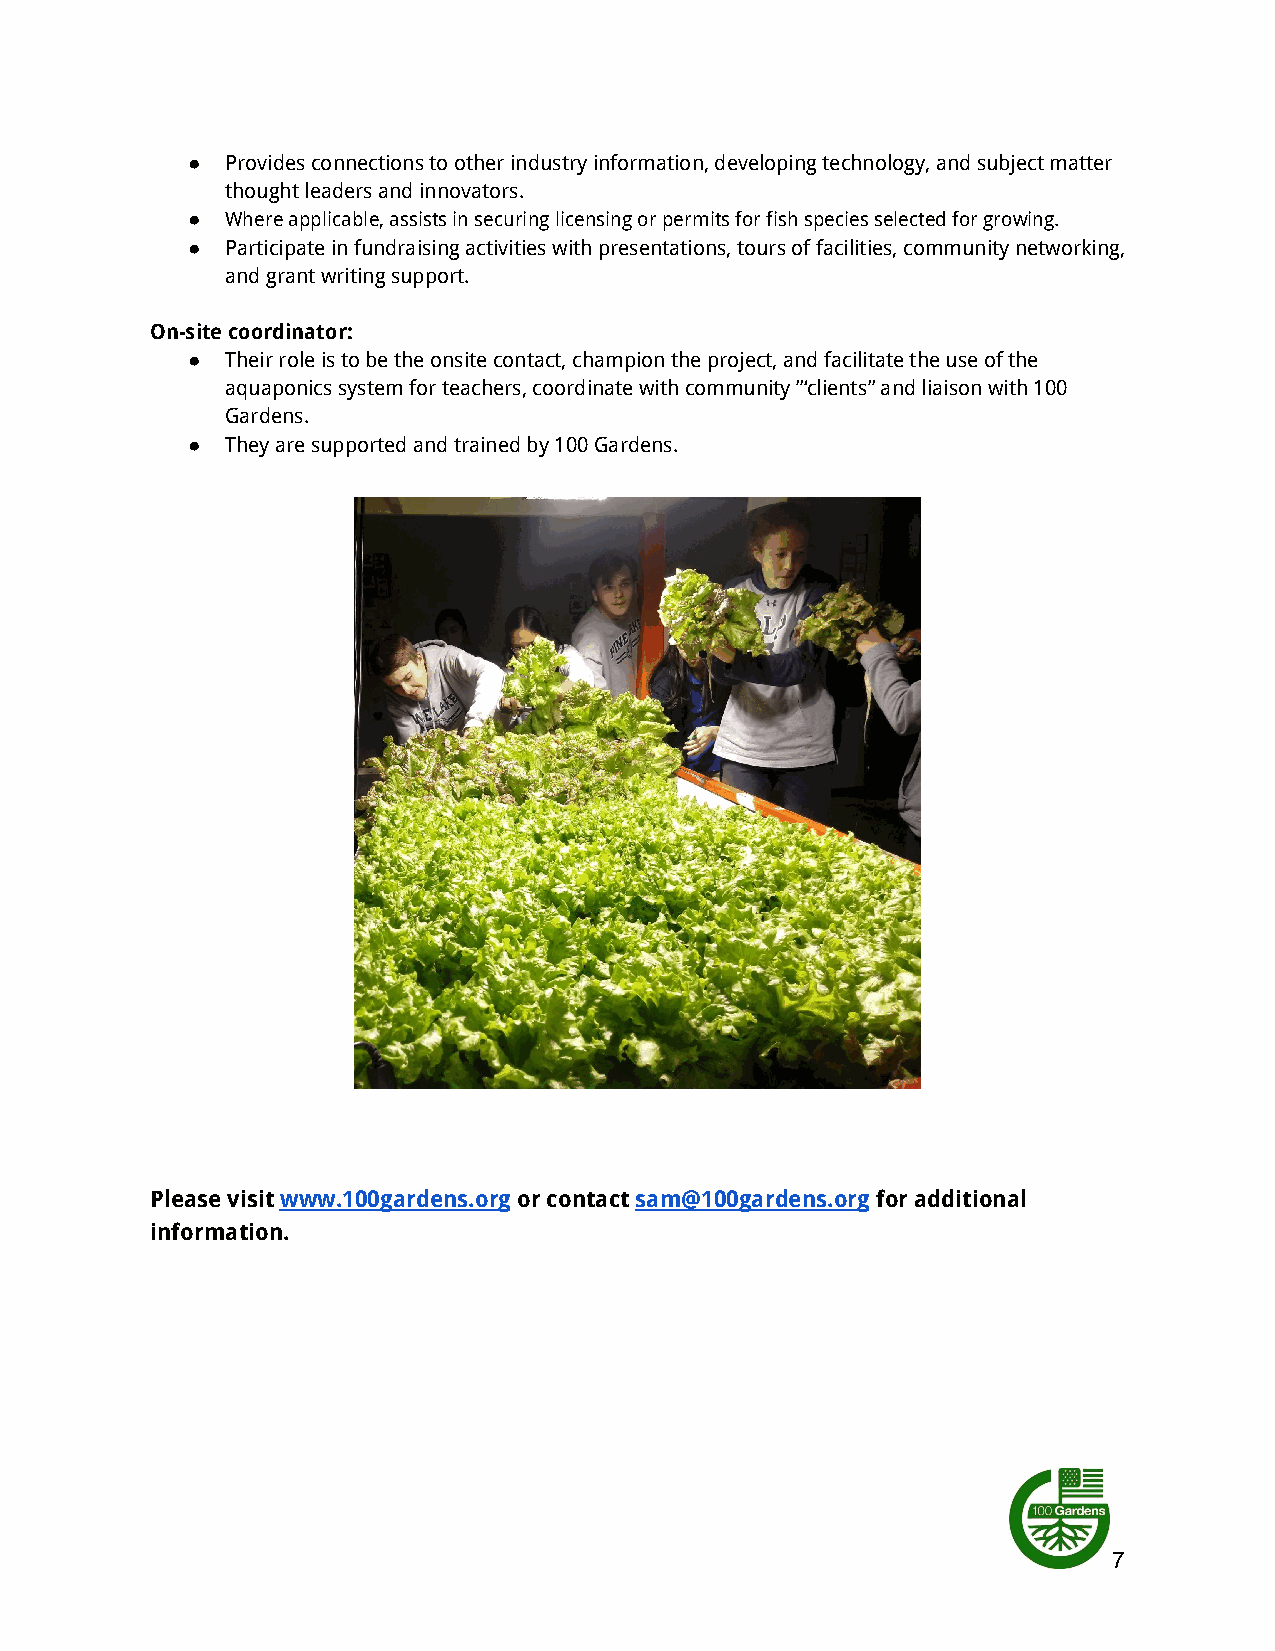
●  Provides connections to other industry information, developing technology, and subject matter
 thought leaders and innovators.
 ●  Where applicable, assists in securing licensing or permits for fish species selected for growing.
 ●  Participate in fundraising activities with presentations, tours of facilities, community networking,
 and grant writing support.
 On-site coordinator:
 ●  Their role is to be the onsite contact, champion the project, and facilitate the use of the
 aquaponics system for teachers, coordinate with community ”‘clients” and liaison with 100
 Gardens.
 ●  They are supported and trained by 100 Gardens.
 Please visitwww.100gardens.orgor contactsam@100gardens.orgfor additional
 information.
 7